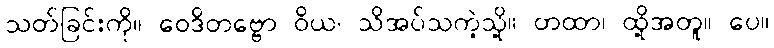
သတ်ခြင်းကို။ ဝေဒိတဗ္ဗော ဝိယ၊ သိအပ်သကဲ့သို့။ တထာ၊ ထို့အတူ။ ပေ။